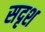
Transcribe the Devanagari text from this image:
सदृश